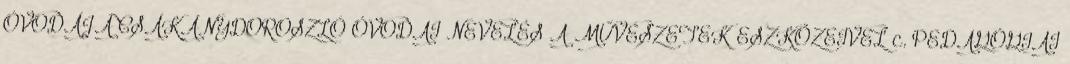
ÓVODÁJA CSÁKÁNYDOROSZLÓ ÓVODAI NEVELÉS A MŰVÉSZETEK ESZKÖZEIVEL c. PEDAGÓGIAI